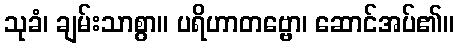
သုခံ၊ ချမ်းသာစွာ။ ပရိဟာတဗ္ဗော၊ ဆောင်အပ်၏။